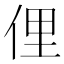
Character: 俚